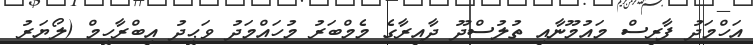
އަހްމަދު ފާރިސް މައުމޫނާއި ތުލުސްދޫ ދާއިރާގެ މެމްބަރު މުހައްމަދު ވަޙީދު އިބްރާހީމް (ލޯޔަރު